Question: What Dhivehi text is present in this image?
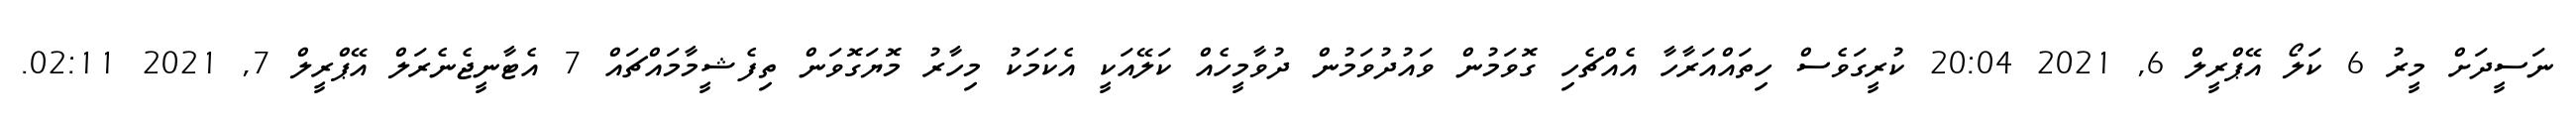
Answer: ނަސީދަށް މީރު 6 ކަލޯ އޭޕްރީލް 6, 2021 20:04 ކުރީގަވެސް ހިތައްއަރާހާ އެއްޗެހި ގޮވަމުން ވައުދުވަމުން ދުވާމީހެއް ކަލޭއަކީ އެކަމަކު މިހާރު މޮޔަގޮވަން ތިފެޝީމާމައްޗައް 7 އެޓާނީޖެނެރަލް އޭޕްރީލް 7, 2021 02:11.